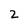
Character: 2